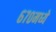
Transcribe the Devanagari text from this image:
६७०मध्ये